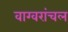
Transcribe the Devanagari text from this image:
वाग्वरांचल